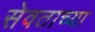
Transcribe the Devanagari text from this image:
सेवताच्या